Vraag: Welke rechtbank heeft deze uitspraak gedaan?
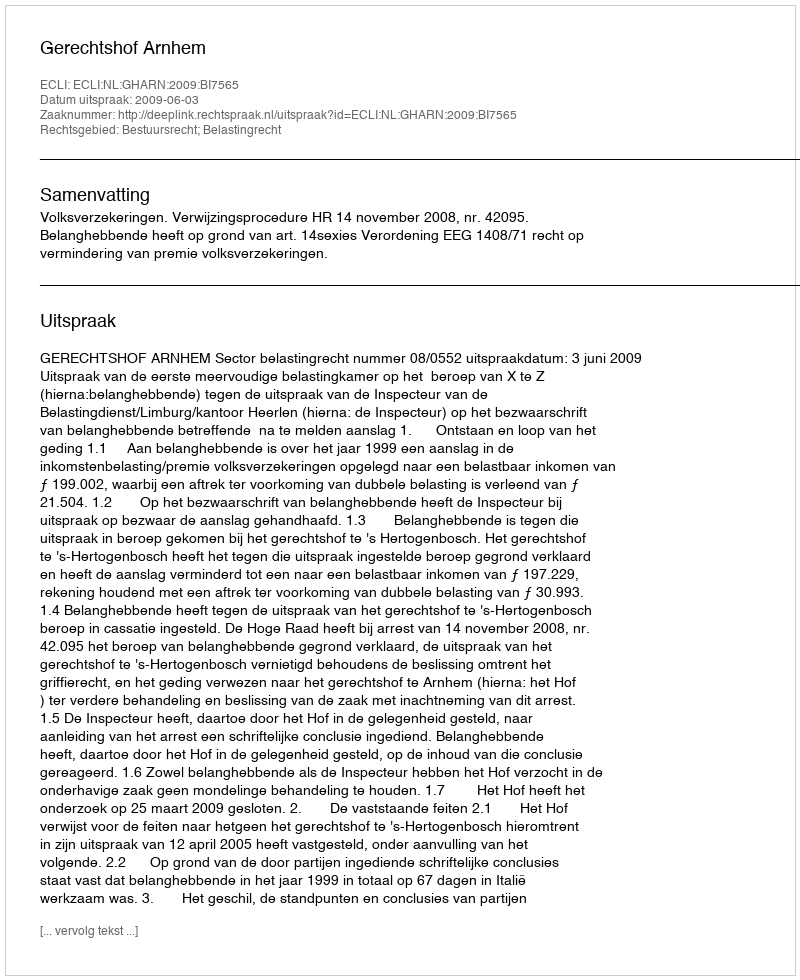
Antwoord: Gerechtshof Arnhem